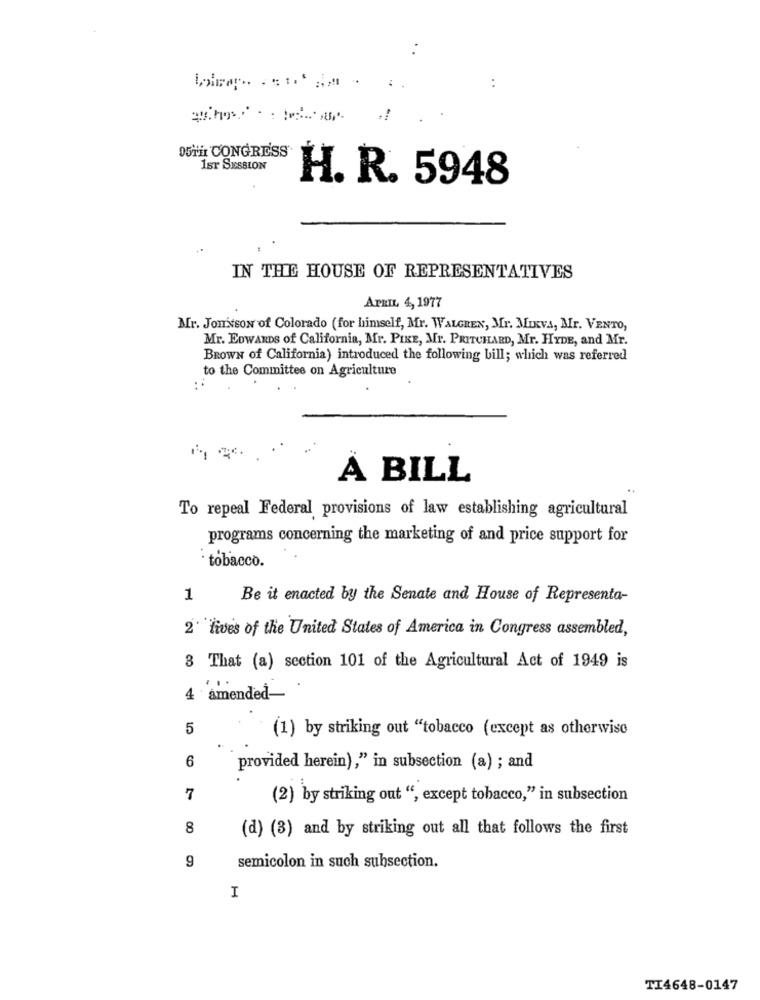
O5TH CONGRESS
1sr SESSION
H. R. 5948
IN THE HOUSE OF REPRESENTATIVES
APRIL 4, 1977
Mr. Jonsson of Colorado (for himself, Mr. WALGREN, Mr. MIXVA, Mr. VENTO,
Mr. EDWARDS of California, Mr. PIKE, Mr. PRITCHARD, Mr. HYDE, and Mr.
BROWN of California) introduced the following bill; which was referred
to the Committee on Agriculture
A BILL
To repeal Federal provisions of law establishing agricultural
programs concerning the marketing of and price support for
· tobacco.
1
Be it enacted by the Senate and House of Representa-
2" Lives of the United States of America in Congress assembled,
3 That (a) section 101 of the Agricultural Act of 1949 is
amended-
5
(1) by striking out "tobacco (except as otherwise
6
provided herein)," in subsection (a) ; and
7
(2) by striking out ", except tobacco," in subsection
8
(d) (3) and by striking out all that follows the first
9
semicolon in such subsection.
I
TI4648-0147